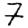
Digit: 7